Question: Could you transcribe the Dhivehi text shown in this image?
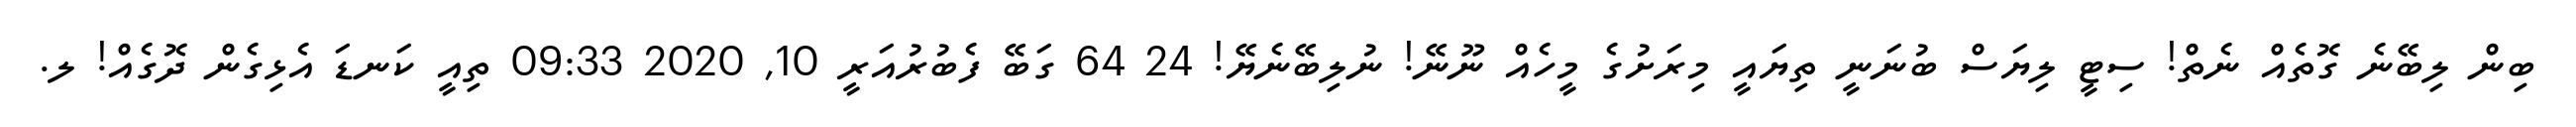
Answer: ބިން ލިބޭނެ ގޮތެއް ނެތް! ސިޓީ ލިޔަސް ބުނަނީ ތިޔައީ މިރަށުގެ މީހެއް ނޫނޭ! ނުލިބޭނެޔޭ! 24 64 ގަބޭ ފެބުރުއަރީ 10, 2020 09:33 ތިއީ ކަނޑަ އެޅިގެން ދޮގެއް! ލ.